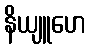
နိယျူဟေ